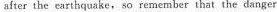
after the earthquake,so remember that the danger